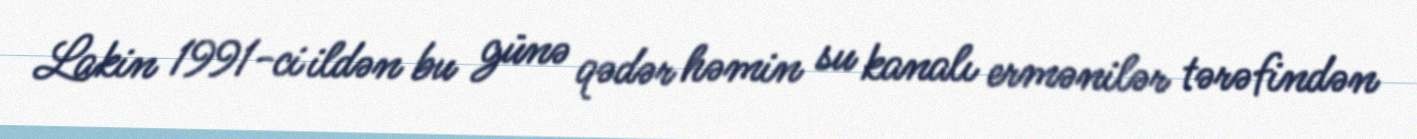
Lakin 1991-ci ildən bu günə qədər həmin su kanalı ermənilər tərəfindən